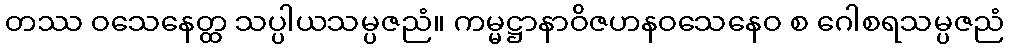
တဿ ဝသေနေတ္ထ သပ္ပါယသမ္ပဇညံ။ ကမ္မဋ္ဌာနာဝိဇဟနဝသေနေဝ စ ဂေါစရသမ္ပဇညံ